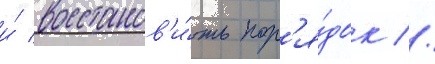
и́ восстанов'и́ть пор'я́док //